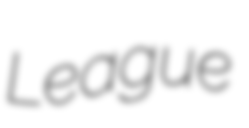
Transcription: League